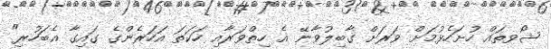
ޝޯވތައް ހުށަހެޅުމަށް ވަރަށް ގާބިލުވާނޭ އެ ހިތްވަރާއި ހަކަތަ އަހަރެންގެ ގައިގާ އެބަހުރި"